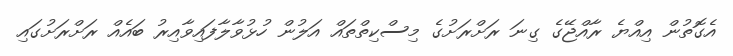
އެގޮތުން އިއްޔެ ރާއްޖޭގެ ގިނަ ރަށްރަށުގެ މިސްކިތްތައް އަލުން ހުޅުވާލާފައިވާއިރު ބައެއް ރަށްރަށުގައި